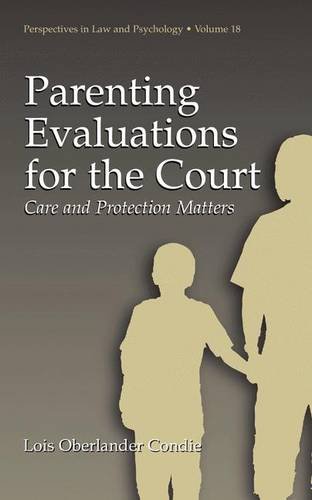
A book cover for Parenting Evaluations for the Court: Care and Protection Matters (Perspectives in Law & Psychology); Lois Oberlander Condie; Politics & Social Sciences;